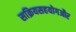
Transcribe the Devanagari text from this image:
सक्रियसहयोगऔर